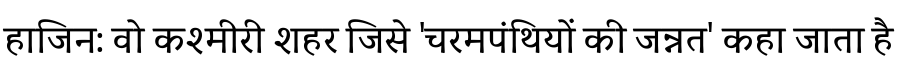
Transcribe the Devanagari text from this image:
हाजिन: वो कश्मीरी शहर जिसे 'चरमपंथियों की जन्नत' कहा जाता है